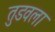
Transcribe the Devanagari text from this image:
तुडवला